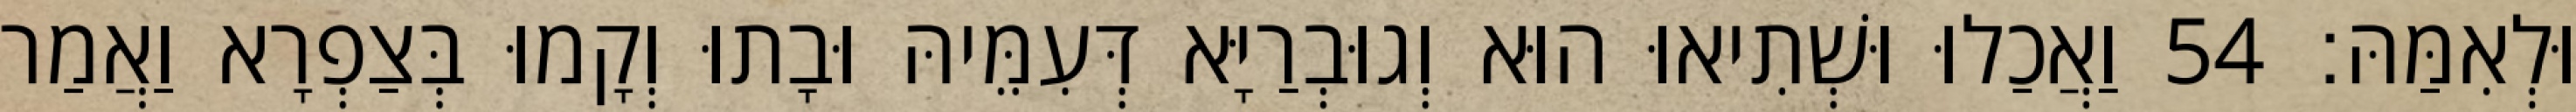
וּלְאִמַּהּ׃ 54 וַאֲכַלוּ וּשְׁתִיאוּ הוּא וְגוּבְרַיָּא דְּעִמֵּיהּ וּבָתוּ וְקָמוּ בְּצַפְרָא וַאֲמַר